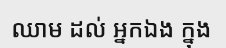
ឈាម ដល់ អ្នកឯង ក្នុង